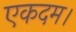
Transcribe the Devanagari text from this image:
एकदम।